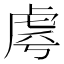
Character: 𧆪